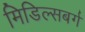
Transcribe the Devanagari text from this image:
मिडिल्सबर्ग